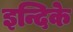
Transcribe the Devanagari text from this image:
इन्दिके